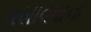
વસાવવાના